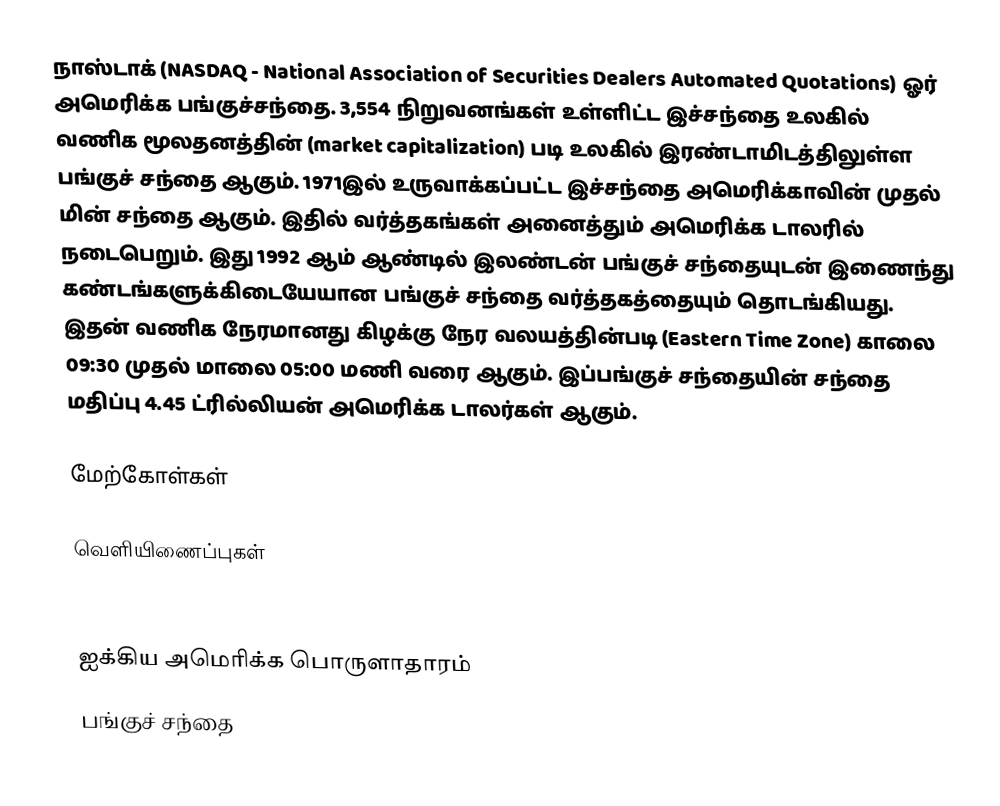
நாஸ்டாக் (NASDAQ - National Association of Securities Dealers Automated Quotations) ஓர் அமெரிக்க பங்குச்சந்தை. 3,554 நிறுவனங்கள் உள்ளிட்ட இச்சந்தை உலகில் வணிக மூலதனத்தின் (market capitalization) படி உலகில் இரண்டாமிடத்திலுள்ள பங்குச் சந்தை ஆகும். 1971இல் உருவாக்கப்பட்ட இச்சந்தை அமெரிக்காவின் முதல் மின் சந்தை ஆகும். இதில் வர்த்தகங்கள் அனைத்தும் அமெரிக்க டாலரில் நடைபெறும். இது 1992 ஆம் ஆண்டில் இலண்டன் பங்குச் சந்தையுடன் இணைந்து கண்டங்களுக்கிடையேயான பங்குச் சந்தை வர்த்தகத்தையும் தொடங்கியது. இதன் வணிக நேரமானது கிழக்கு நேர வலயத்தின்படி (Eastern Time Zone) காலை 09:30 முதல் மாலை 05:00 மணி வரை ஆகும். இப்பங்குச் சந்தையின் சந்தை மதிப்பு 4.45 ட்ரில்லியன் அமெரிக்க டாலர்கள் ஆகும்.

மேற்கோள்கள்

வெளியிணைப்புகள்

ஐக்கிய அமெரிக்க பொருளாதாரம்
பங்குச் சந்தை